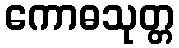
ကောဓသုတ္တ